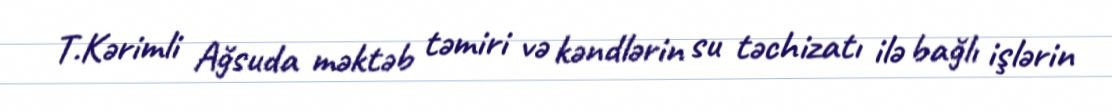
T.Kərimli Ağsuda məktəb təmiri və kəndlərin su təchizatı ilə bağlı işlərin